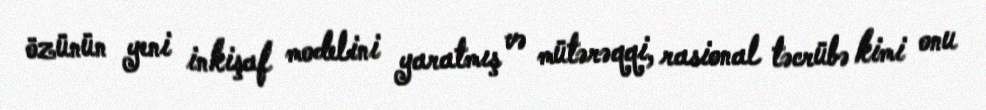
özünün yeni inkişaf modelini yaratmış və mütərəqqi, rasional təcrübə kimi onu